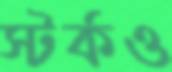
স্টর্কও